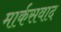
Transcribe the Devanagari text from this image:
मार्कसवाद